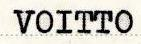
VOITTO